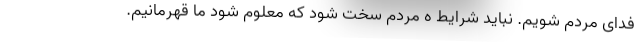
فدای مردم شویم. نباید شرایط ه مردم سخت شود که معلوم شود ما قهرمانیم.